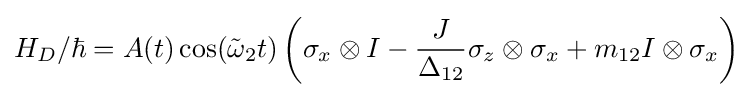
H_{D}/\hbar =A(t)\cos({\tilde {\omega }}_{2}t)\left(\sigma _{x}\otimes I-{\frac {J}{\Delta _{12}}}\sigma _{z}\otimes \sigma _{x}+m_{12}I\otimes \sigma _{x}\right)